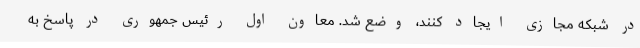
در شبکه مجازی ایجاد کنند، وضع شد. معاون اول رئیس جمهوری در پاسخ به